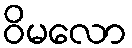
ဝိမလော